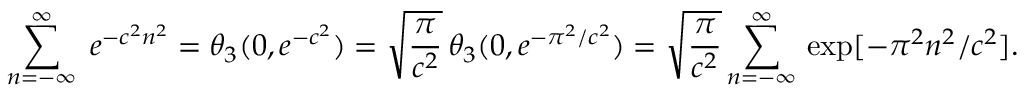
\sum _ { n = - \infty } ^ { \infty } \; e ^ { - c ^ { 2 } n ^ { 2 } } = \theta _ { 3 } ( 0 , e ^ { - c ^ { 2 } } ) = \sqrt { \frac { \pi } { c ^ { 2 } } } \, \theta _ { 3 } ( 0 , e ^ { - \pi ^ { 2 } / c ^ { 2 } } ) = \sqrt { \frac { \pi } { c ^ { 2 } } } \sum _ { n = - \infty } ^ { \infty } \, \exp [ - \pi ^ { 2 } n ^ { 2 } / c ^ { 2 } ] .